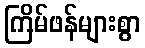
ကြိမ်ဖန်များစွာ